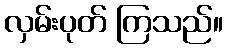
လှမ်းပုတ် ကြသည်။